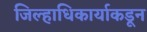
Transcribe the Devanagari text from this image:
जिल्हाधिकार्याकडून